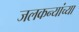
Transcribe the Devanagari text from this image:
जलकन्यांच्या